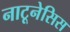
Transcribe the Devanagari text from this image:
नाटूनेसिस